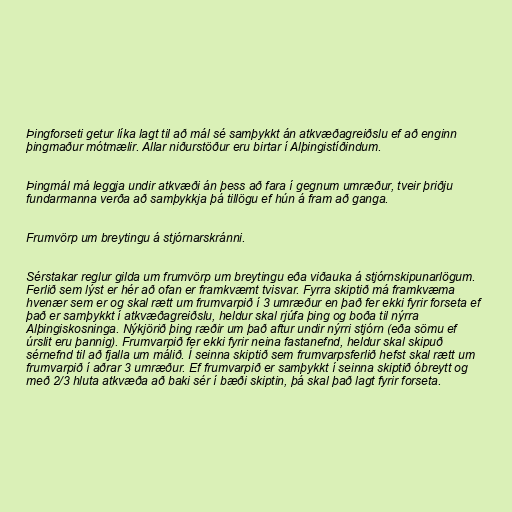
Þingforseti getur líka lagt til að mál sé samþykkt án atkvæðagreiðslu ef að enginn
þingmaður mótmælir. Allar niðurstöður eru birtar í Alþingistíðindum.

Þingmál má leggja undir atkvæði án þess að fara í gegnum umræður, tveir þriðju
fundarmanna verða að samþykkja þá tillögu ef hún á fram að ganga.

Frumvörp um breytingu á stjórnarskránni.

Sérstakar reglur gilda um frumvörp um breytingu eða viðauka á stjórnskipunarlögum.
Ferlið sem lýst er hér að ofan er framkvæmt tvisvar. Fyrra skiptið má framkvæma
hvenær sem er og skal rætt um frumvarpið í 3 umræður en það fer ekki fyrir forseta ef
það er samþykkt í atkvæðagreiðslu, heldur skal rjúfa þing og boða til nýrra
Alþingiskosninga. Nýkjörið þing ræðir um það aftur undir nýrri stjórn (eða sömu ef
úrslit eru þannig). Frumvarpið fer ekki fyrir neina fastanefnd, heldur skal skipuð
sérnefnd til að fjalla um málið. Í seinna skiptið sem frumvarpsferlið hefst skal rætt um
frumvarpið í aðrar 3 umræður. Ef frumvarpið er samþykkt í seinna skiptið óbreytt og
með 2/3 hluta atkvæða að baki sér í bæði skiptin, þá skal það lagt fyrir forseta.